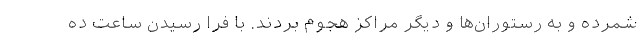
شمرده و به رستوران‌ها و دیگر مراکز هجوم بردند. با فرا رسیدن ساعت ده